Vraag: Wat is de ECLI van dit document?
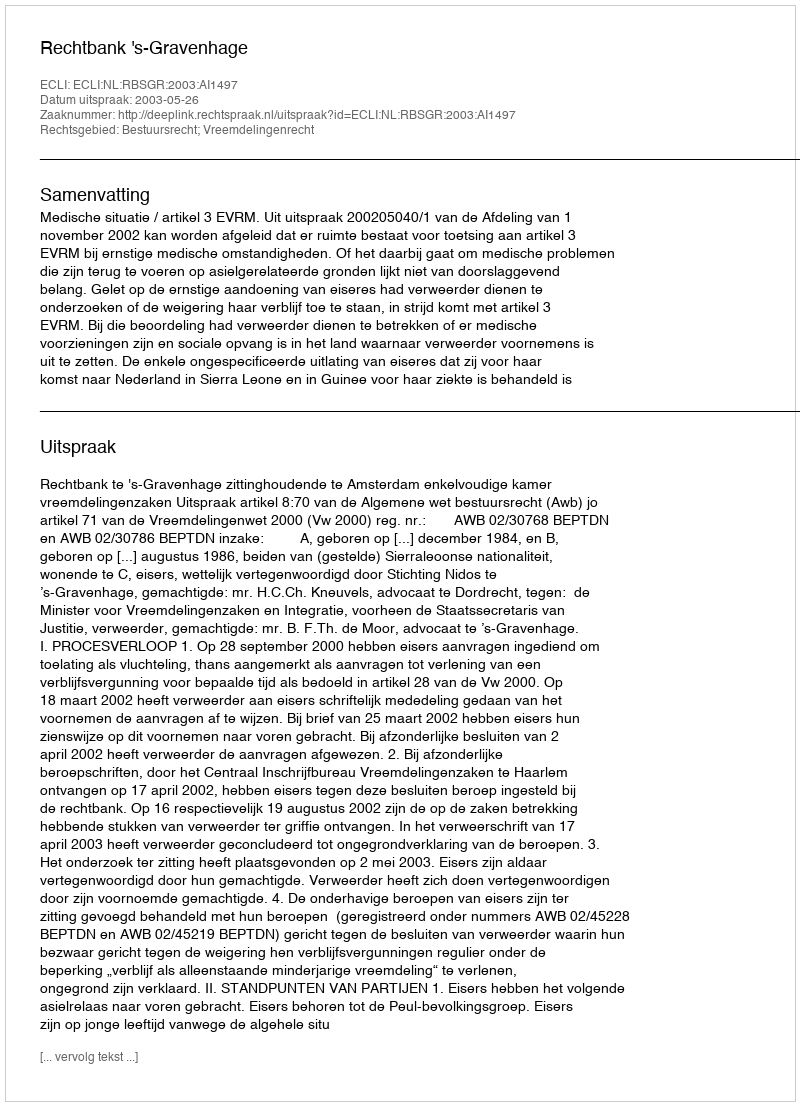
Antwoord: ECLI:NL:RBSGR:2003:AI1497